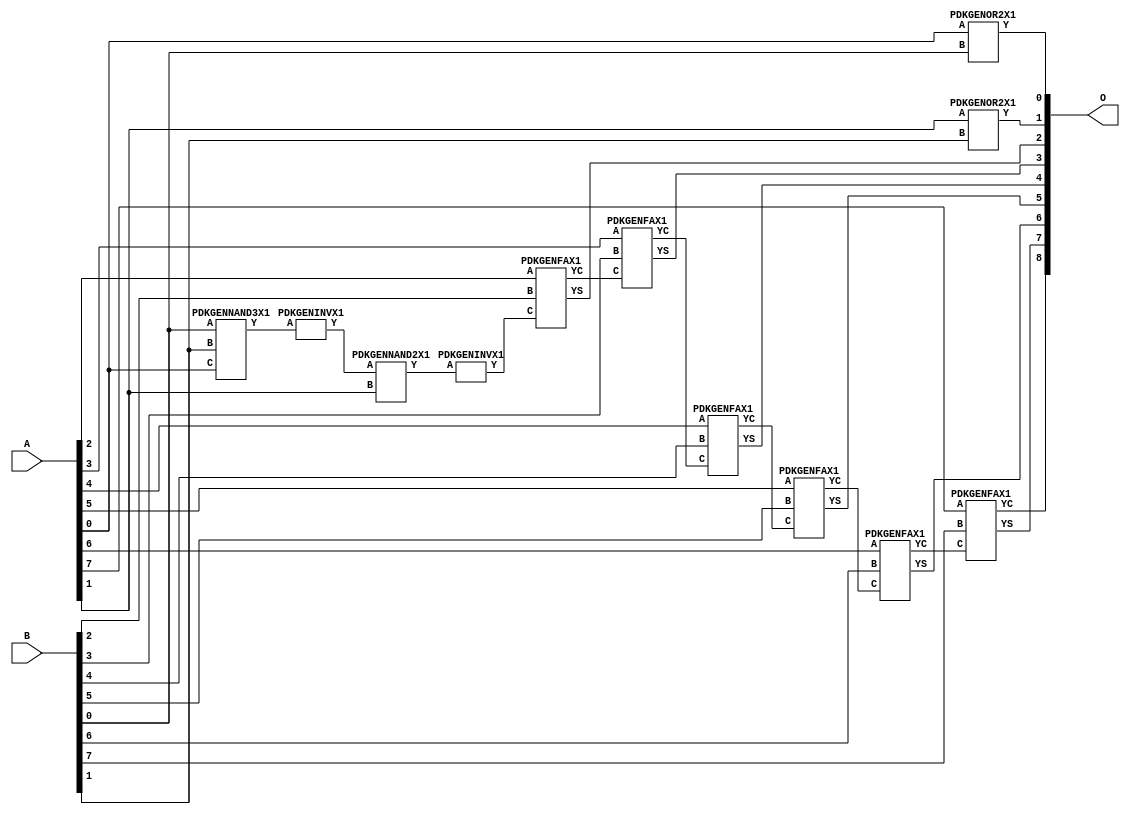
// Library = EvoApprox8b
// Circuit = add8_162
// Area   (180) = 876
// Delay  (180) = 1.570
// Power  (180) = 276.00
// Area   (45) = 65
// Delay  (45) = 0.600
// Power  (45) = 26.88
// Nodes = 12
// HD = 81600
// MAE = 0.62500
// MSE = 1.00000
// MRE = 0.34 %
// WCE = 2
// WCRE = 50 %
// EP = 43.8 %

module add8_162(A, B, O);
  input [7:0] A;
  input [7:0] B;
  output [8:0] O;
  wire [2031:0] N;

  assign N[0] = A[0];
  assign N[1] = A[0];
  assign N[2] = A[1];
  assign N[3] = A[1];
  assign N[4] = A[2];
  assign N[5] = A[2];
  assign N[6] = A[3];
  assign N[7] = A[3];
  assign N[8] = A[4];
  assign N[9] = A[4];
  assign N[10] = A[5];
  assign N[11] = A[5];
  assign N[12] = A[6];
  assign N[13] = A[6];
  assign N[14] = A[7];
  assign N[15] = A[7];
  assign N[16] = B[0];
  assign N[17] = B[0];
  assign N[18] = B[1];
  assign N[19] = B[1];
  assign N[20] = B[2];
  assign N[21] = B[2];
  assign N[22] = B[3];
  assign N[23] = B[3];
  assign N[24] = B[4];
  assign N[25] = B[4];
  assign N[26] = B[5];
  assign N[27] = B[5];
  assign N[28] = B[6];
  assign N[29] = B[6];
  assign N[30] = B[7];
  assign N[31] = B[7];

  PDKGENOR2X1 n32(.A(N[0]), .B(N[16]), .Y(N[32]));
  PDKGENNAND3X1 n52(.A(N[16]), .B(N[18]), .C(N[0]), .Y(N[52]));
  assign N[53] = N[52];
  PDKGENINVX1 n58(.A(N[53]), .Y(N[58]));
  assign N[59] = N[58];
  PDKGENNAND2X1 n62(.A(N[59]), .B(N[2]), .Y(N[62]));
  PDKGENOR2X1 n82(.A(N[2]), .B(N[18]), .Y(N[82]));
  assign N[83] = N[82];
  PDKGENINVX1 n126(.A(N[62]), .Y(N[126]));
  assign N[127] = N[126];
  PDKGENFAX1 n132(.A(N[4]), .B(N[20]), .C(N[127]), .YS(N[132]), .YC(N[133]));
  PDKGENFAX1 n182(.A(N[6]), .B(N[22]), .C(N[133]), .YS(N[182]), .YC(N[183]));
  PDKGENFAX1 n232(.A(N[8]), .B(N[24]), .C(N[183]), .YS(N[232]), .YC(N[233]));
  PDKGENFAX1 n282(.A(N[10]), .B(N[26]), .C(N[233]), .YS(N[282]), .YC(N[283]));
  PDKGENFAX1 n332(.A(N[12]), .B(N[28]), .C(N[283]), .YS(N[332]), .YC(N[333]));
  PDKGENFAX1 n382(.A(N[14]), .B(N[30]), .C(N[333]), .YS(N[382]), .YC(N[383]));

  assign O[0] = N[32];
  assign O[1] = N[83];
  assign O[2] = N[132];
  assign O[3] = N[182];
  assign O[4] = N[232];
  assign O[5] = N[282];
  assign O[6] = N[332];
  assign O[7] = N[382];
  assign O[8] = N[383];

endmodule
/* mod */
module PDKGENFAX1( input A, input B, input C, output YS, output YC );
    assign YS = (A ^ B) ^ C;
    assign YC = (A & B) | (B & C) | (A & C);
endmodule
/* mod */
module PDKGENOR2X1(input A, input B, output Y );
     assign Y = A | B;
endmodule
/* mod */
module PDKGENINVX1(input A, output Y );
     assign Y = ~A;
endmodule
/* mod */
module PDKGENNAND3X1(input A, input B, input C, output Y );
     assign Y = ~((A & B) & C);
endmodule
/* mod */
module PDKGENNAND2X1(input A, input B, output Y );
     assign Y = ~(A & B);
endmodule